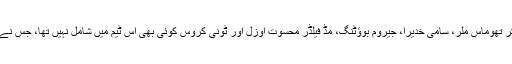
جرمن کپتان اور اسٹار گول کیپر مانوئل نوئر، اسٹرائیکر تھوماس ملر، سامی خدیرا، جیروم بوؤٹنگ، مڈ فیلڈر محسوت اوزل اور ٹونی کروس کوئی بھی اس ٹیم میں شامل نہیں تھا، جس نے کنفیڈریشن کپ کے فائنل میں چلی کو شکست دی ہے۔